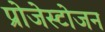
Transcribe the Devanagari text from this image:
प्रोजेस्टोजन